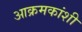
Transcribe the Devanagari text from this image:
आक्रमकांशी